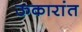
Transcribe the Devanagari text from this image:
ऊकारांत